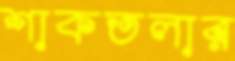
শাকতলার